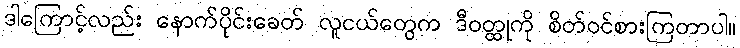
ဒါကြောင့်လည်း နောက်ပိုင်းခေတ် လူငယ်တွေက ဒီဝတ္ထုကို စိတ်ဝင်စားကြတာပါ။